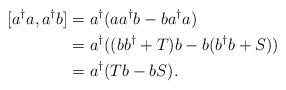
LaTeX: \begin{align*} [a^{\dagger}a,a^{\dagger}b] &= a^{\dagger}(aa^{\dagger}b - ba^{\dagger}a) \\ &= a^{\dagger}((bb^{\dagger}+T)b - b(b^{\dagger}b + S)) \\ &= a^{\dagger}(Tb-bS).\end{align*}